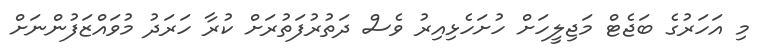
މި އަހަރުގެ ބަޖެޓް މަޖިލީހަށް ހުށަހެޅިއިރު ވެސް ދަތުރުފަތުރަށް ކުރާ ހަރަދު މުވައްޒަފުންނަށް